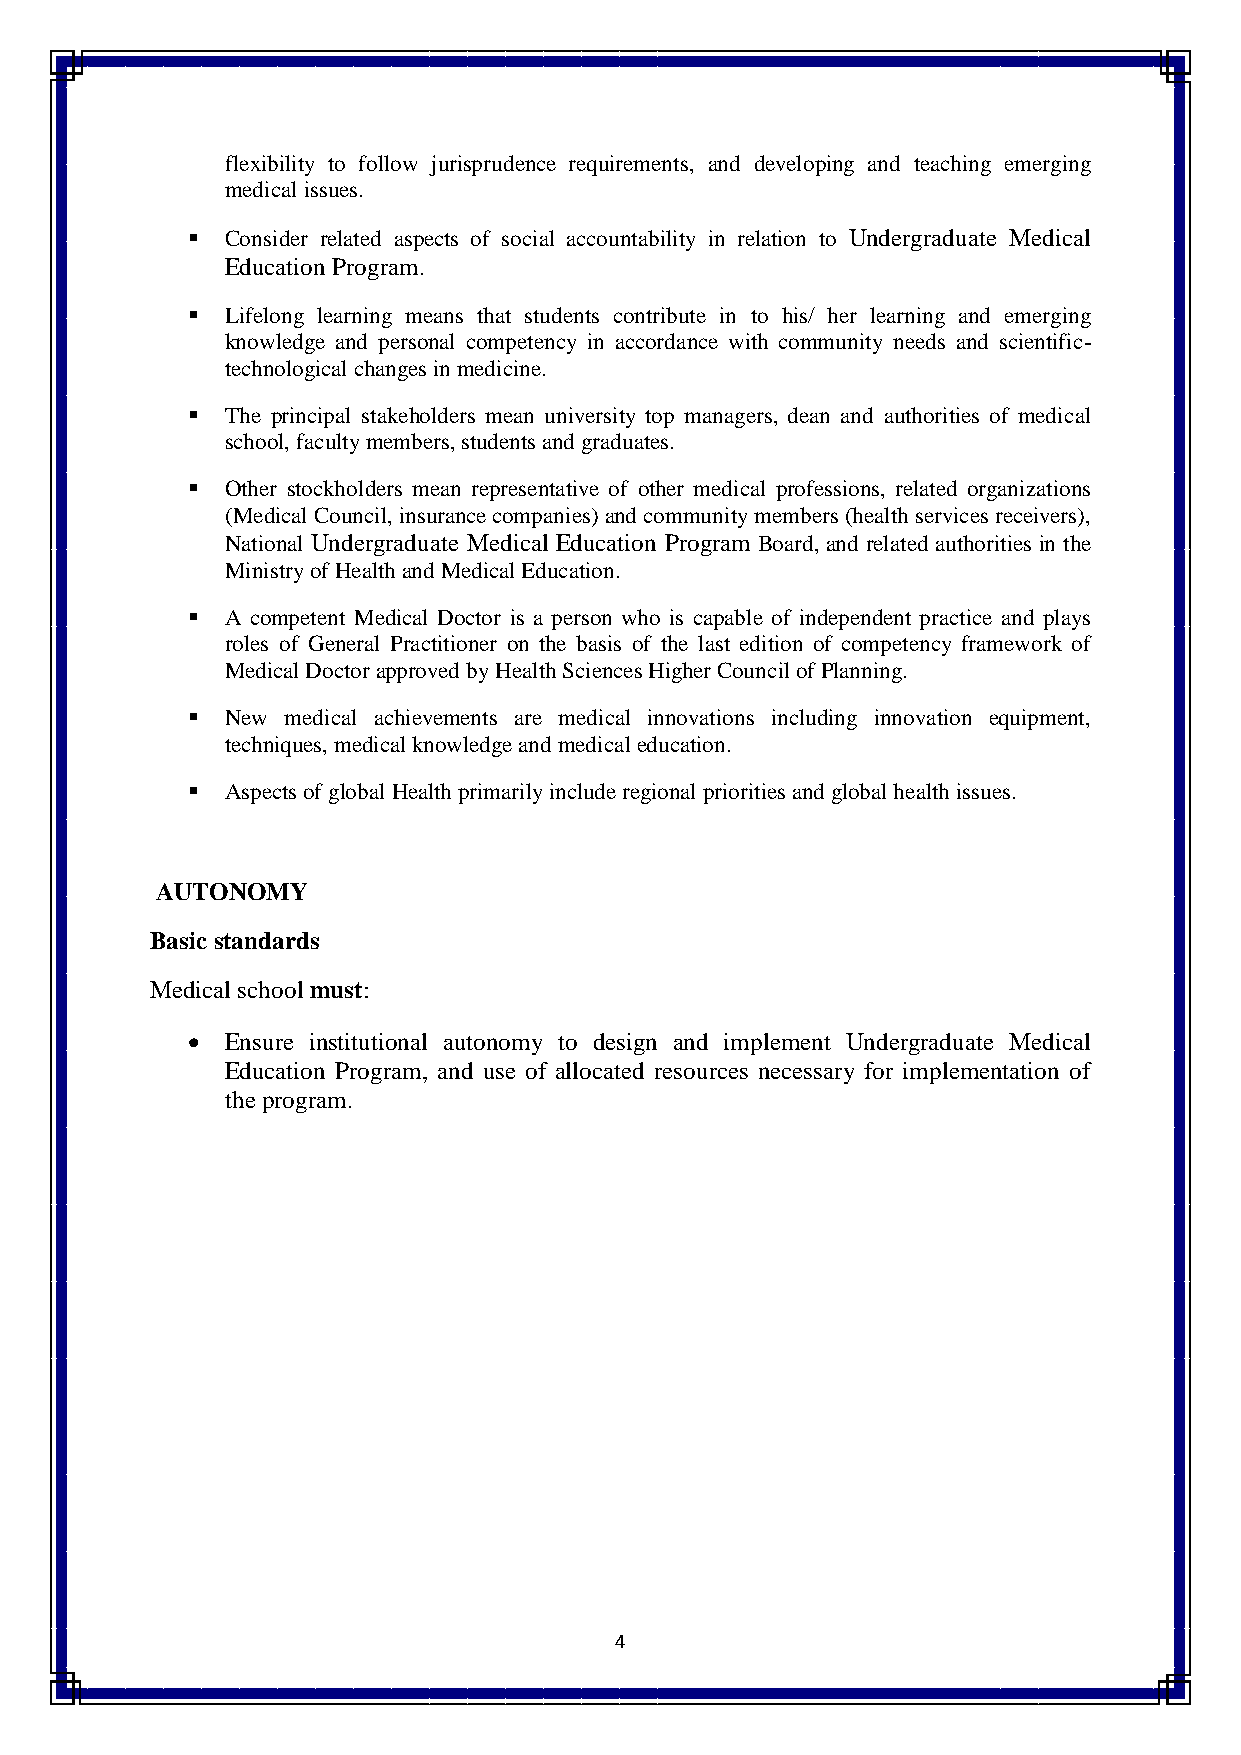
flexibility to follow jurisprudence requirements, and developing and teaching emerging
 medical issues.
   Consider related aspects of social accountability in relation to Undergraduate Medical
 Education Program.
   Lifelong learning means that students contribute in to his/ her learning and emerging
 knowledge and personal competency in accordance with community needs and scientific-
 technological changes in medicine.
   The principal stakeholders mean university top managers, dean and authorities of medical
 school, faculty members, students and graduates.
   Other stockholders mean representative of other medical professions, related organizations
 (Medical Council, insurance companies) and community members (health services receivers),
 National Undergraduate Medical Education Program Board, and related authorities in the
 Ministry of Health and Medical Education.
   A competent Medical Doctor is a person who is capable of independent practice and plays
 roles of General Practitioner on the basis of the last edition of competency framework of
 Medical Doctor approved by Health Sciences Higher Council of Planning.
   New medical achievements are medical innovations including innovation equipment,
 techniques, medical knowledge and medical education.
   Aspects of global Health primarily include regional priorities and global health issues.
 AUTONOMY
 Basic standards
 Medical school must:
   Ensure institutional autonomy to design and implement Undergraduate Medical
 Education Program, and use of allocated resources necessary for implementation of
 the program.
 4